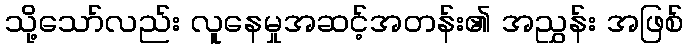
သို့သော်လည်း လူနေမှုအဆင့်အတန်း၏ အညွှန်း အဖြစ်